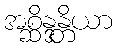
အစ္ဆိန္ဒန္တိယာ